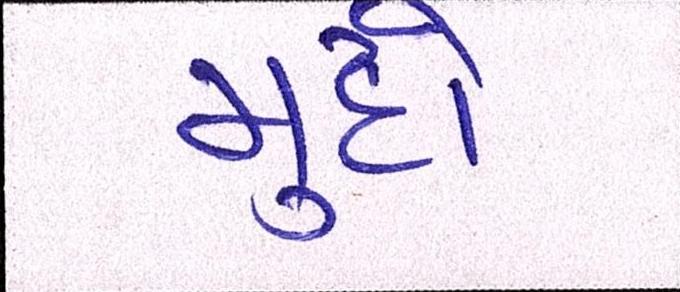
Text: મુદો